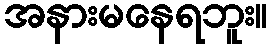
အနားမနေရဘူး။